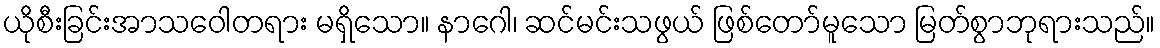
ယိုစီးခြင်းအာသဝေါတရား မရှိသော။ နာဂေါ၊ ဆင်မင်းသဖွယ် ဖြစ်တော်မူသော မြတ်စွာဘုရားသည်။